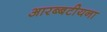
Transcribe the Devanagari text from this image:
आरब्बटीयना